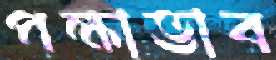
পক্ষাভাব